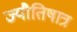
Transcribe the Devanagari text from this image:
ज्यौतिषात्र